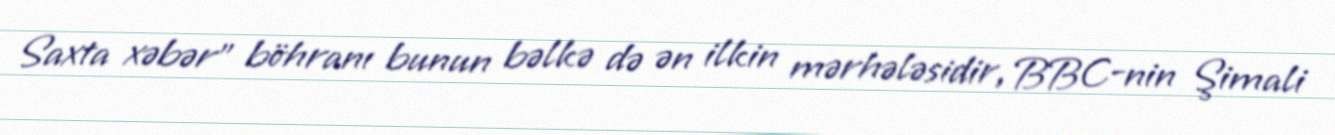
Saxta xəbər" böhranı bunun bəlkə də ən ilkin mərhələsidir, BBC-nin Şimali